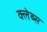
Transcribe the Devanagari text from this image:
क्लेब्स